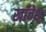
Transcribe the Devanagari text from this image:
खाँचेश्